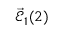
\vec { \mathcal { E } } _ { 1 } ( 2 )